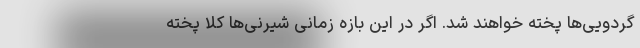
گردویی‌ها پخته خواهند شد. اگر در این بازه زمانی شیرنی‌ها کلا پخته